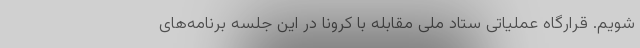
شویم. قرارگاه عملیاتی ستاد ملی مقابله با کرونا در این جلسه برنامه‌های